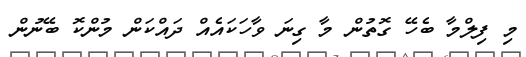
މި ފިލްމާ ބެހޭ ގޮތުން މާ ގިނަ ވާހަކައެއް ދައްކަން މުންކޮ ބޭނުން